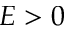
E > 0